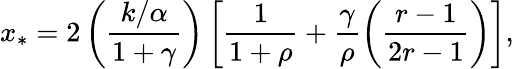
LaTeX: x_{*}=2\left(\frac{k/\alpha}{1+\gamma}\right)\left[\frac{1}{1+\rho}+\frac{\gamma}{\rho}\left(\frac{r-1}{2r-1}\right)\right],